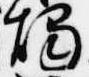
燭